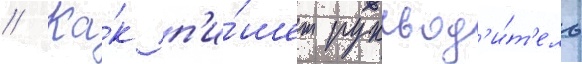
// Ка́к п'и́шет руковод'и́т'ель